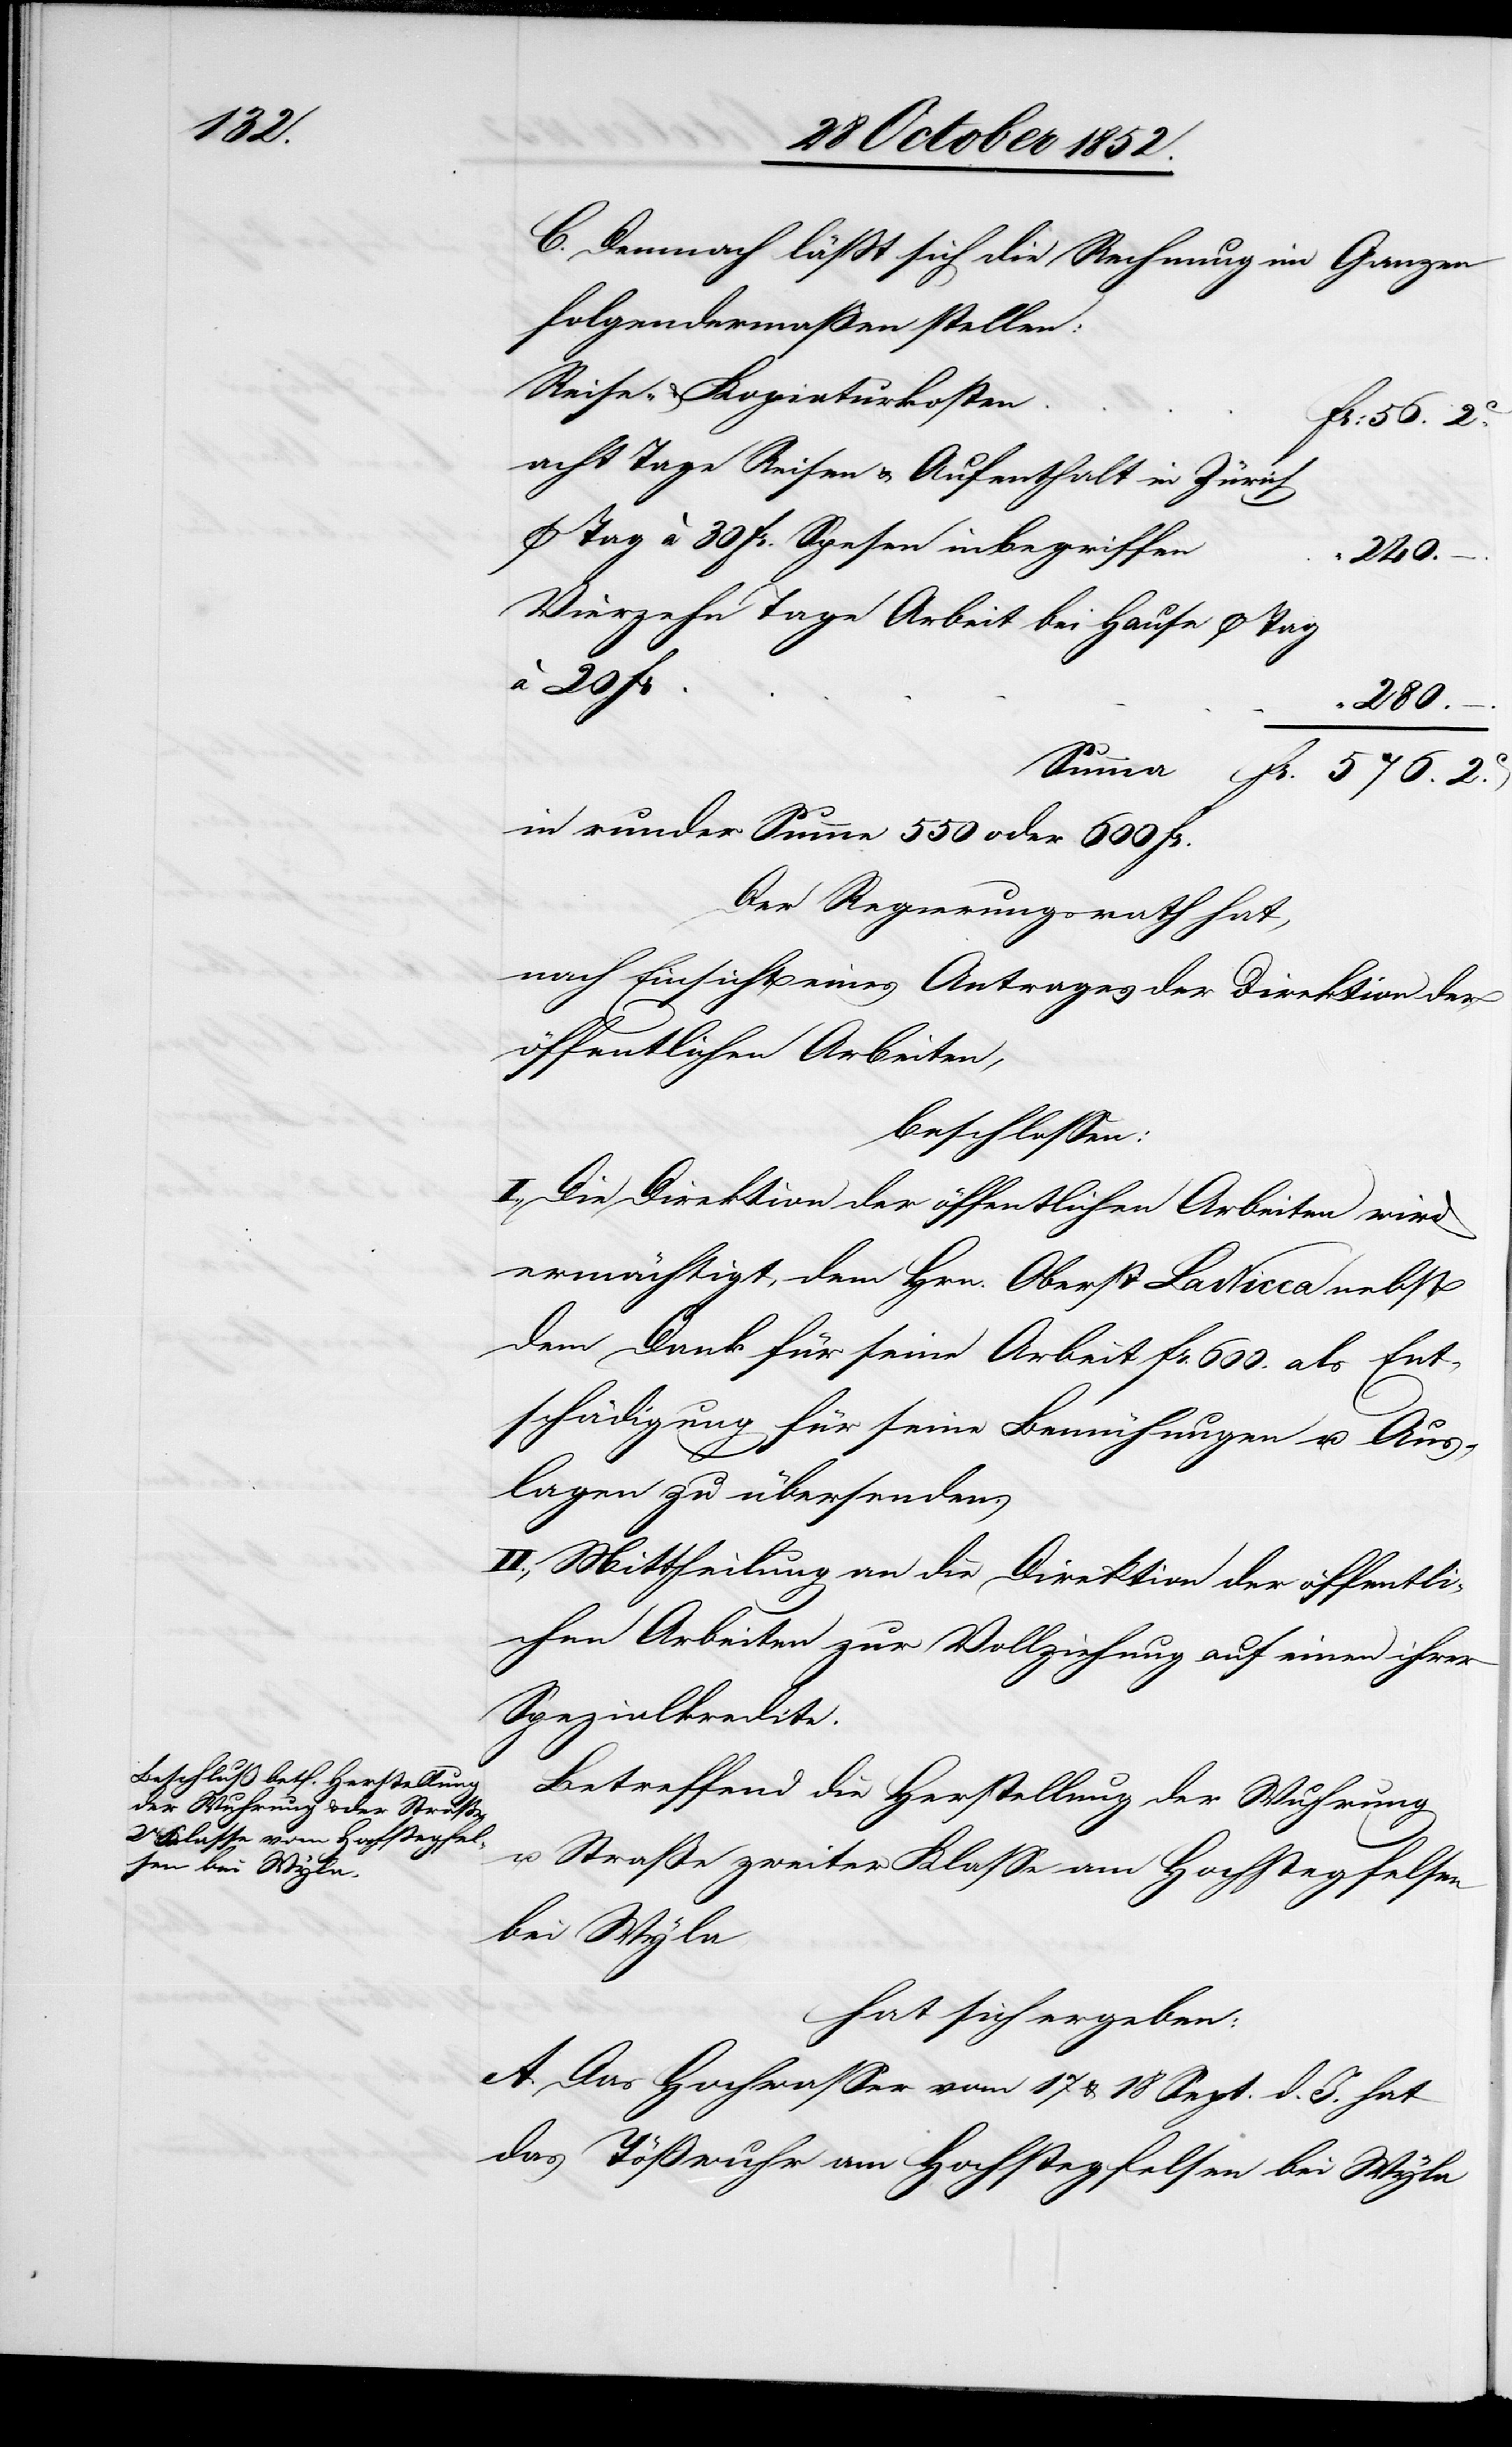
C. Demnach läßt sich die Rechnung im Ganzen
folgendermaßen stellen:
Reise- & Kopiaturkosten
Fr: 56. 2C.
Ø Tag à 30 Fr. Spesen inbegriffen
240.
Vierzehn Tage Arbeit bei Hause Ø Tag
“
280. –.
Summa
Fr.
576. 2C.
in runder Summe 550 oder 600 Fr.
Der Regierungsrath hat,
nach Einsicht eines Antrages der Direktion der
öffentlichen Arbeiten,
beschlossen:
I. Die Direktion der öffentlichen Arbeiten wird
ermächtigt, dem Hrn. Oberst La Nicca nebst
dem Dank für seine Arbeit Fr. 600. als Ent¬
schädigung für seine Bemühungen u. Aus¬
20
lagen zu übersenden.
II. Mittheilung an die Direktion der öffentli¬
chen Arbeiten zur Vollziehung auf einen ihrer
Spezialkredite.
Betreffend die Herstellung der Wuhrung
u. Straße zweiter Klasse am Hochstegfelsen
bei Wyla
hat sich ergeben:
A. Das Hochwasser vom 17 & 18 Sept. d. J. hat
das Tößwuhr am Hochstegfelsen bei Wyla